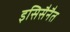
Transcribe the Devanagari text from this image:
इसिसैनैत